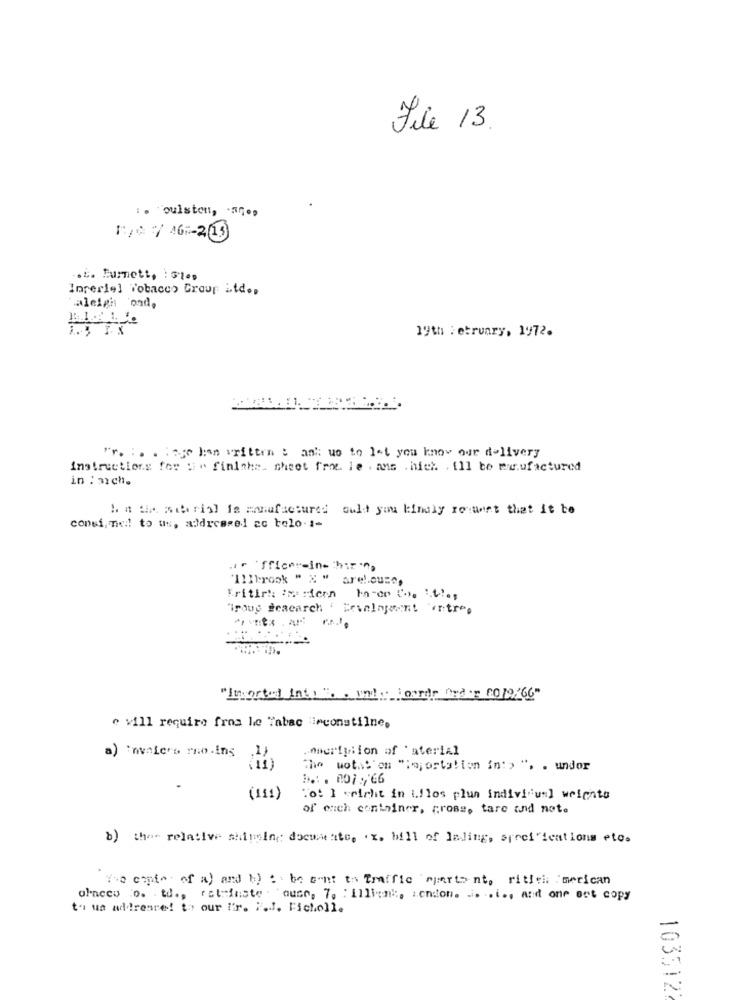
File 13
:. "oulston, . a.
.5. Burnett, : Gles
Inreriel Tobacco Group itd.p
aleigh 'onde
19th : etruary, 1972.
"r. : . . tag has written : ask us to let you know our delivery
Instructions for ii" finithe. sheet frow. le . ans . hich , 111 te manufactured
in : 32ch.
In the serial is manufactured could you kindly request that it to
consi, med to us, addressed ac telo-t-
.i. 'fficer-in :hir -
'I11brook " X " arelouse,
Tritir: Artcon Parce C. t .,
"roug deacarch ' Ervelagent 'ertree
"Inverted Into Ro . unda Coorde Onday 2019/66"
c vill require fros le "abac imconstilne,
.nieripiion of 'aterial
a) invaic's rno.ins
(11)
The wotht'en "haj ortalion in' > ". . undor
1 .: . 001:66
(111)
"o: 1 cricht in Lilos plun indivifun] weights
of each container, cross, tare and note
b) the relative shingin documents. . x. bill of lading, specifications etc.
The cat" of a) and b) : be ant to Traffic mpartent, ritich merican
ofaccu .o. td ., rot inste . auce, 7. : illien :, senon. .. .. i ., And one ont copy
to ua adireare! to our l'r. P.J. Ficholl.
1035122